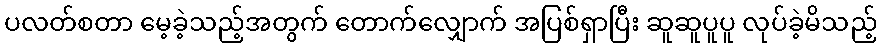
ပလတ်စတာ မေ့ခဲ့သည့်အတွက် တောက်လျှောက် အပြစ်ရှာပြီး ဆူဆူပူပူ လုပ်ခဲ့မိသည့်